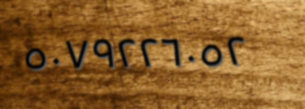
٥٠٧٩٢٢٦٠٥٢